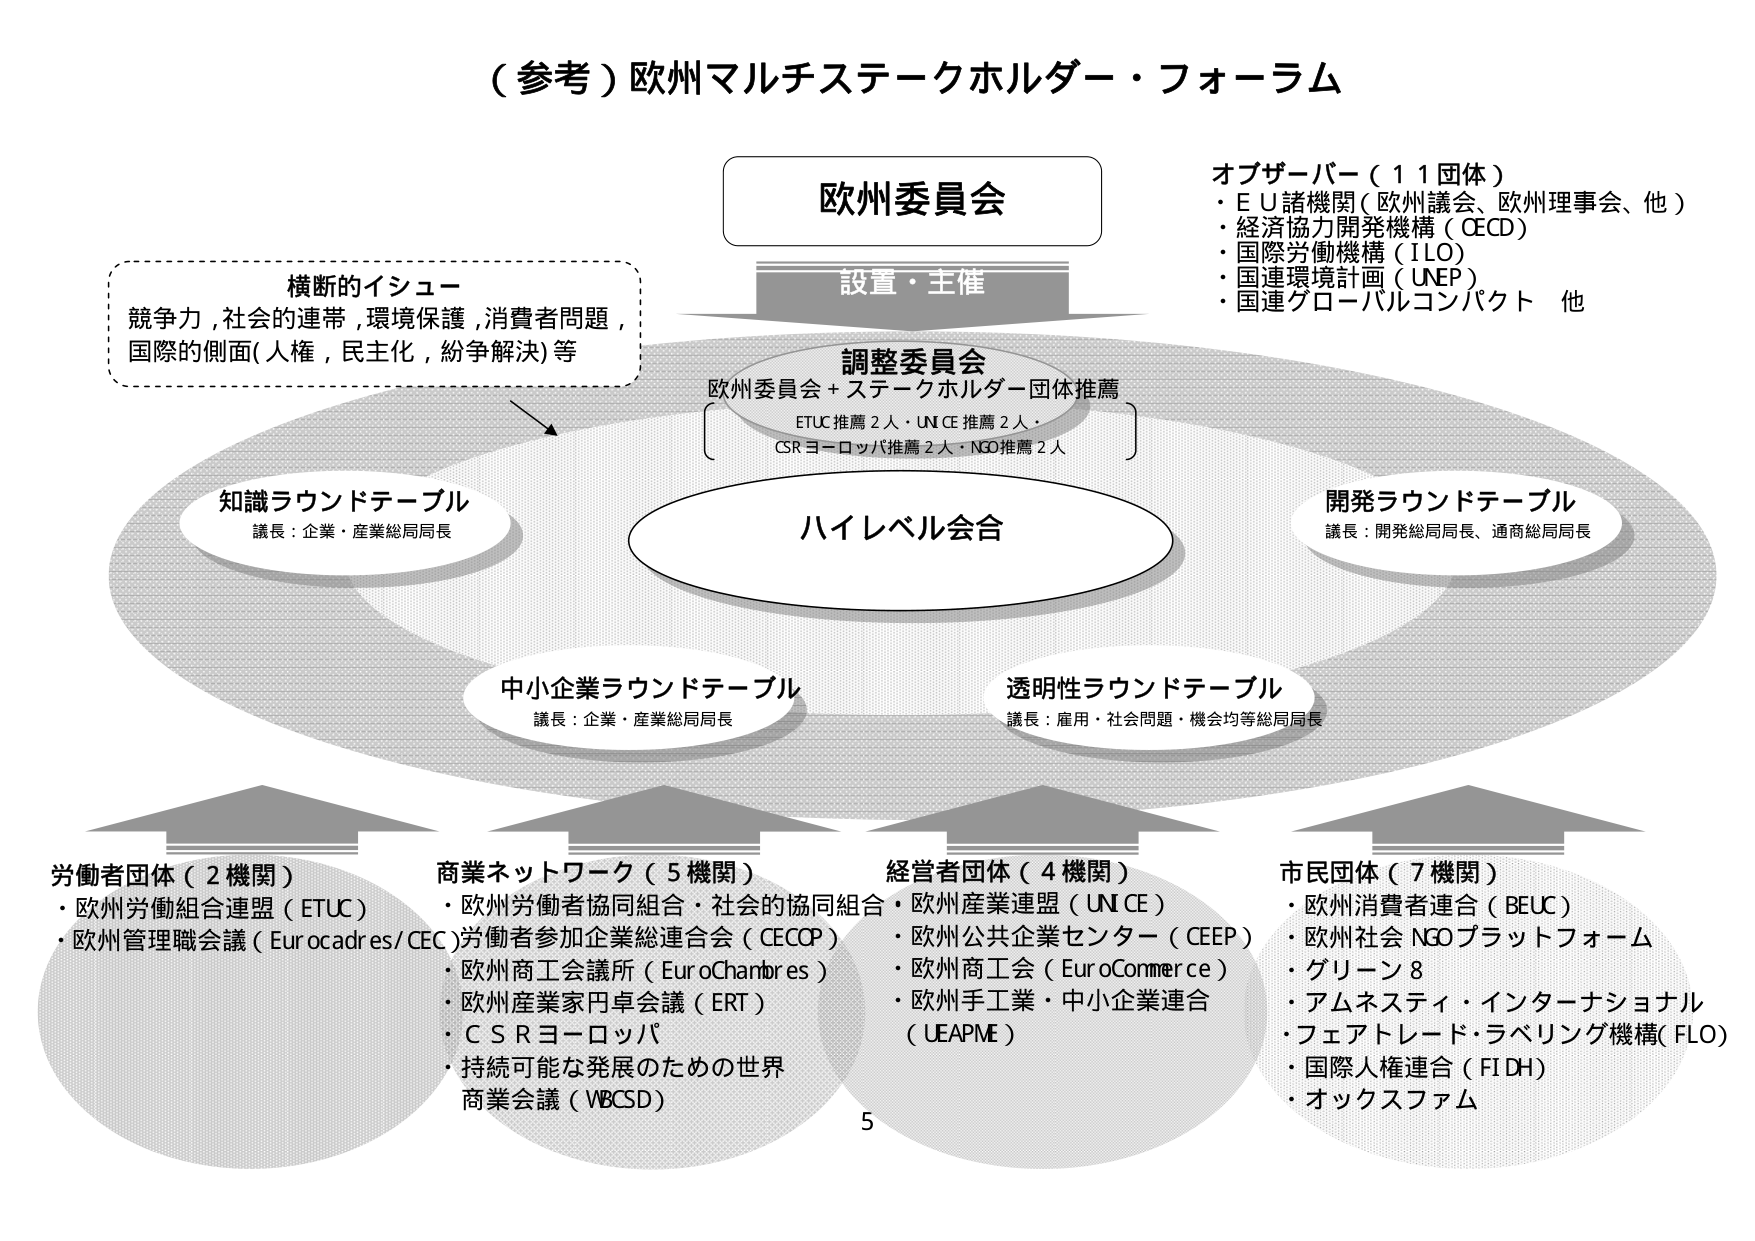
（参考）欧州マルチステークホルダー・フォーラム

欧州委員会
設置・主催

調整委員会
欧州委員会＋ステークホルダー団体推薦
ETUC推薦2人・UN CE推薦2人・
CSRヨーロッパ推薦2人・NGO推薦2人

ハイレベル会合

知識ラウンドテーブル
議長：企業・産業総局局長

開発ラウンドテーブル
議長：開発総局局長、通商総局局長

中小企業ラウンドテーブル
議長：企業・産業総局局長

透明性ラウンドテーブル
議長：雇用・社会問題・機会均等総局局長

横断的イシュー
競争力，社会的連帯，環境保護，消費者問題，
国際的側面（人権，民主化，紛争解決）等

オブザーバー（11団体）
・ＥＵ諸機関（欧州議会、欧州理事会、他）
・経済協力開発機構（OECD）
・国際労働機構（ILO）
・国連環境計画（UNEP）
・国連グローバルコンパクト 他

労働者団体（2機関）
・欧州労働組合連盟（ETUC）
・欧州管理職会議（Eurocadres/CEC）

商業ネットワーク（5機関）
・欧州労働者協同組合・社会的協同組合
・欧州産業連盟（UN CE）
・労働者参加企業総連合会（CECOP）
・欧州商工会議所（EuroChambres）
・欧州産業家円卓会議（ERT）
・ＣＳＲヨーロッパ
・持続可能な発展のための世界
商業会議（WBCSD）

経営者団体（4機関）
・欧州公共企業センター（CEEP）
・欧州商工会（EuroCommerce）
・欧州手工業・中小企業連合
（UEAPME）

市民団体（7機関）
・欧州消費者連合（BEUC）
・欧州社会NGOプラットフォーム
・グリーン8
・アムネスティ・インターナショナル
・フェアトレード・ラベリング機構（FLO）
・国際人権連合（FIDH）
・オックスファム

5